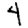
Digit: 4